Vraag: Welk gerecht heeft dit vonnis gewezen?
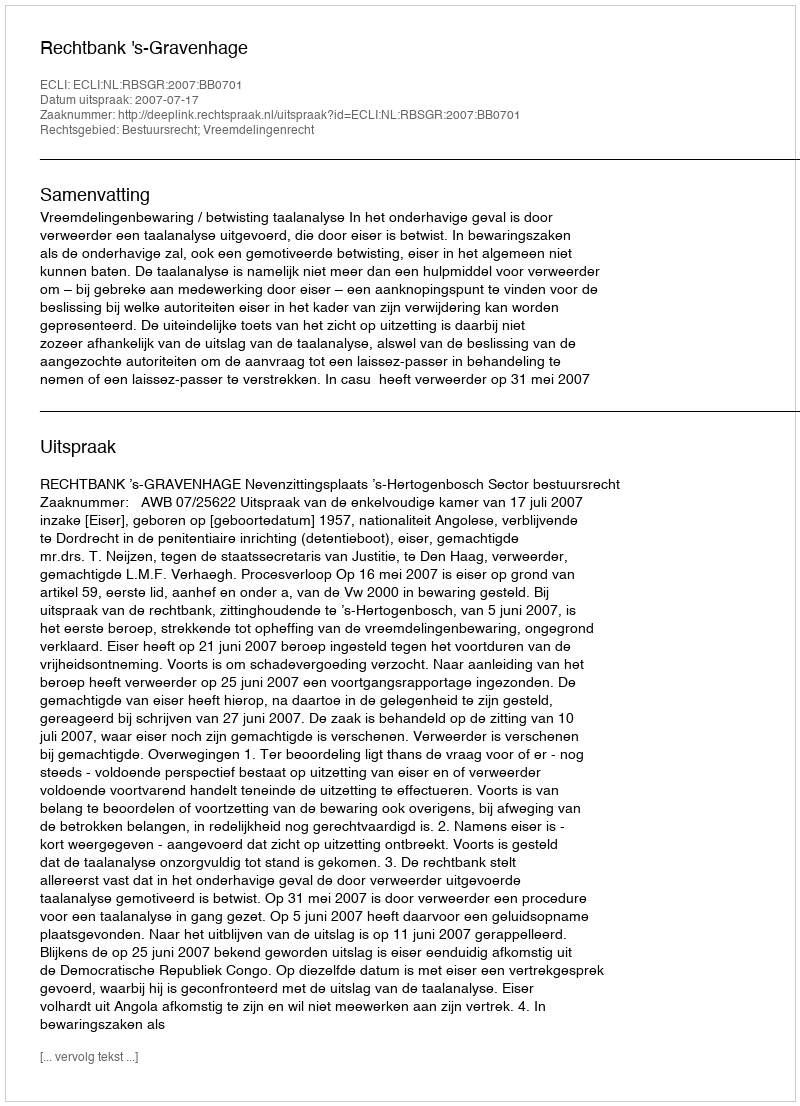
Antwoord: Rechtbank 's-Gravenhage